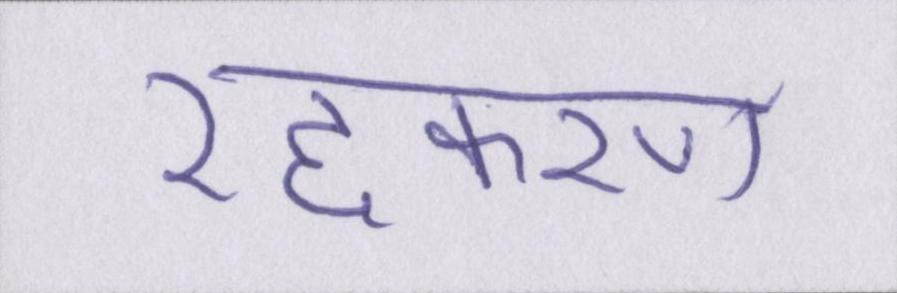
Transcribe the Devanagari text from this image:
रद्दकरण